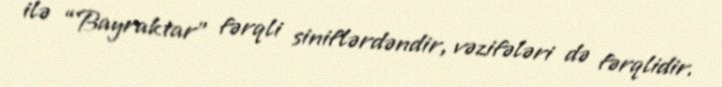
ilə “Bayraktar” fərqli siniflərdəndir, vəzifələri də fərqlidir.